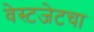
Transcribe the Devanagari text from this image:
वेस्टजेटचा